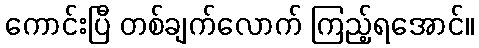
ကောင်းပြီ တစ်ချက်လောက် ကြည့်ရအောင်။